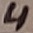
Text: 4